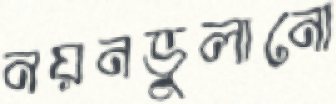
নয়নভুলানো